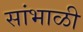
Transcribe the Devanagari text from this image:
सांभाळी